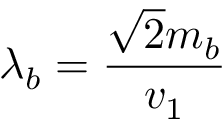
\lambda _ { b } = \frac { \sqrt { 2 } m _ { b } } { v _ { 1 } }